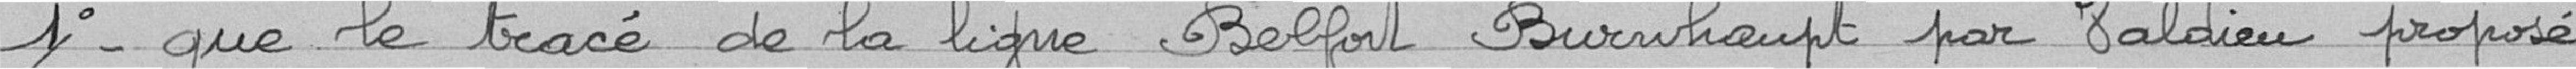
1° - que le tracé de la ligne Belfort Burnhaupt par Valdieu proposé